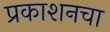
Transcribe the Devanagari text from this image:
प्रकाशनचा